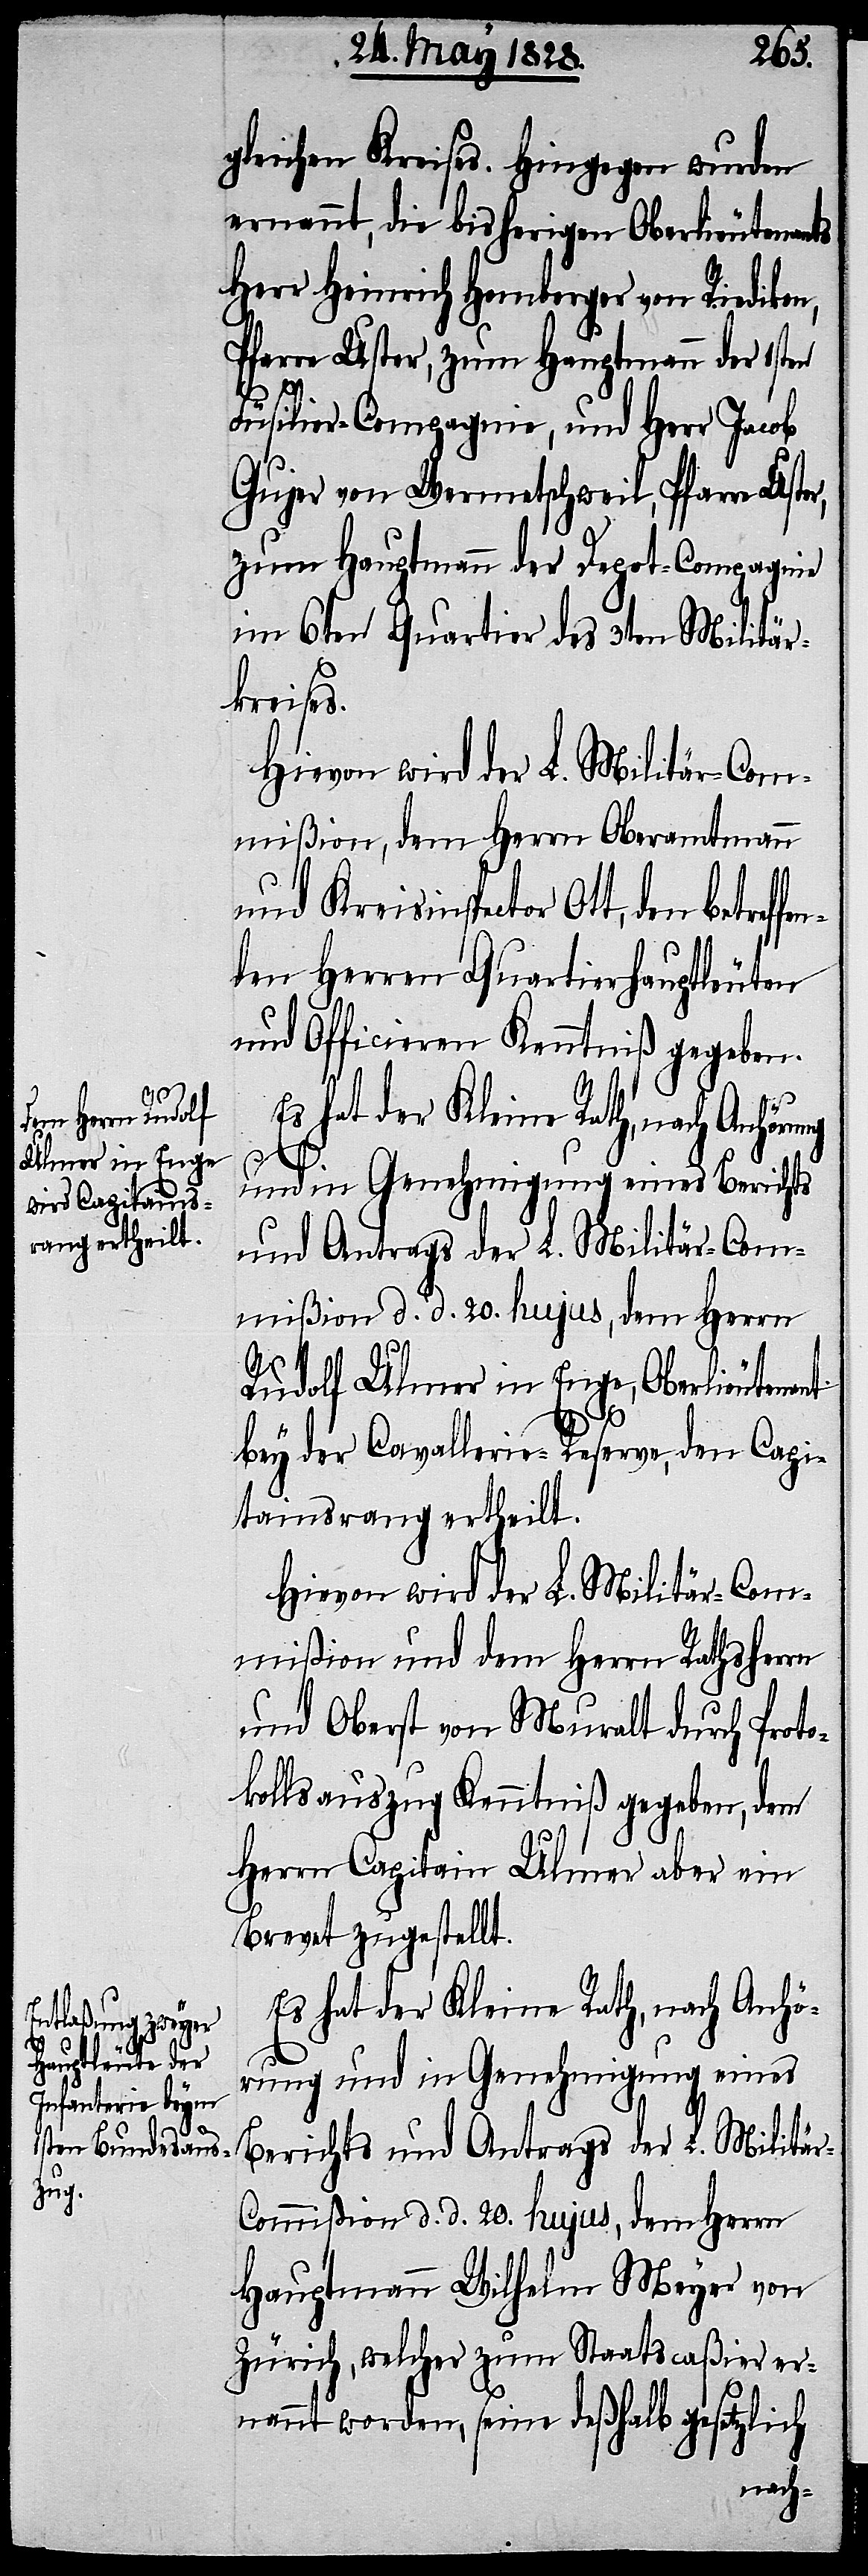
ung

gleichen Kreises. Hingegen wurden
ernannt, die bisherigen Oberlieutenants
Herr Heinrich Homberger von Riedikon,
Pfarre Uster, zum Hauptmann der 1sten
Füsilier-Compagnie, und Herr Jacob
Gujer von Wermetschweil, Pfarre Uste¬
zum Hauptmann der Depot-Compagnie
im 6ten Quartier des 3ten Militär¬
kreises.
mißion, dem Herrn Oberamtmann
und Kreisinspector Ott, den betreffe¬
nden Herren Quartierhauptleuten
und Officieren Kenntniß gegeben.
und in Genehmigung eines Berichts
und Antrags der L. Militär-Com¬
mißion d. d. 20. hujus, dem Herrn
Rudolf Ulmer in Enge, Oberlieutena¬
nt
bey der Cavallerie-Reserve, den Capi¬
tainsrang ertheilt.
Hievon wird der L. Militär-Com¬
mißion und dem Herrn Rathsherrn
und Oberst von Muralt durch Proto¬
kollsauszug Kenntniß gegeben, dem
Herrn Capitain Ulmer aber ein
Brevet zugestellt.
Es hat der Kleine Rath, nach Anhör¬
Hauptmann Wilhelm Meyer von
Zürich, welcher zum Staatscaßier er¬
nannt worden, seine deßhalb gesetzlich